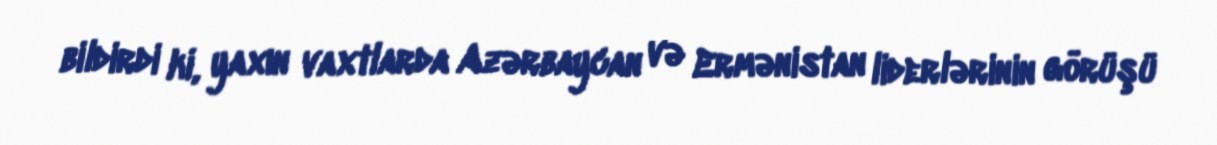
bildirdi ki, yaxın vaxtlarda Azərbaycan və Ermənistan liderlərinin görüşü